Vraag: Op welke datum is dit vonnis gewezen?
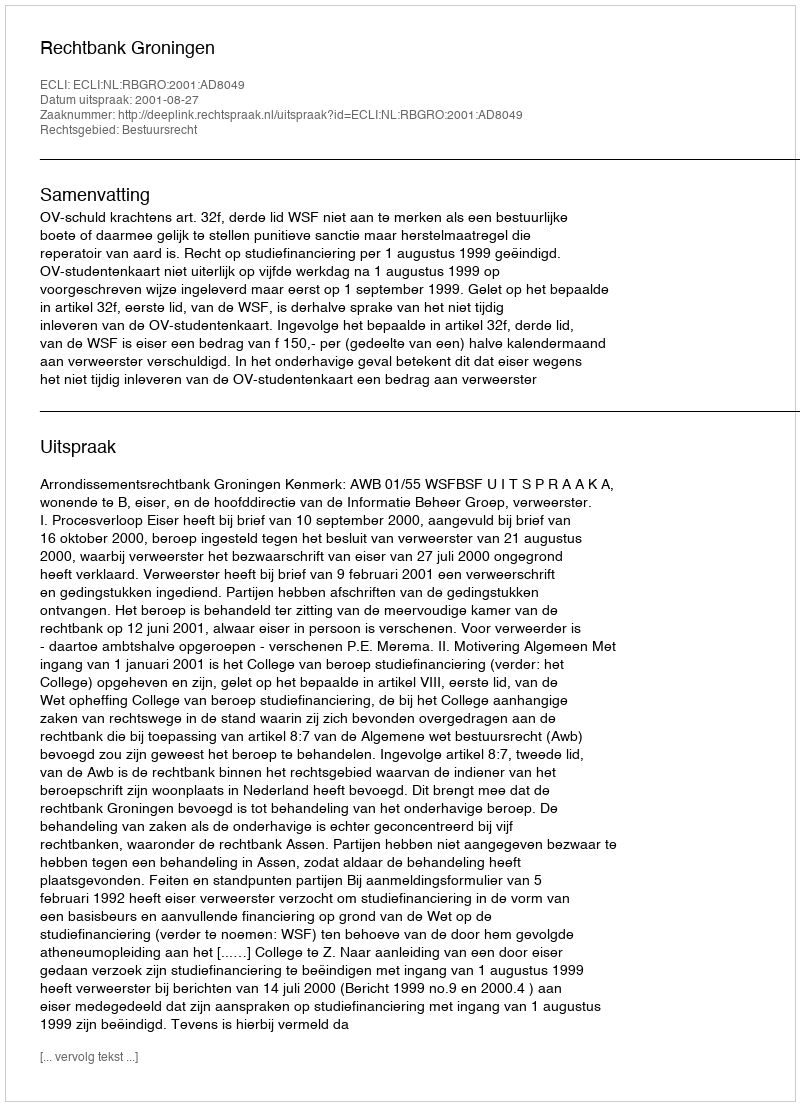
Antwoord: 2001-08-27